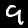
Label: 9